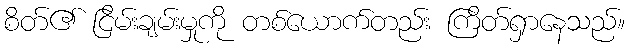
စိတ်၏ ငြိမ်းချမ်းမှုကို တစ်ယောက်တည်း ကြိတ်ရှာနေသည်။